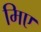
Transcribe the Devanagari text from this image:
मिए